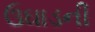
ઉઘાડની